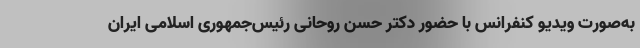
به‌صورت ویدیو کنفرانس با حضور دکتر حسن روحانی رئیس‌جمهوری اسلامی ایران